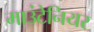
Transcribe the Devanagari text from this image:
माउंटेनियर